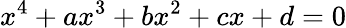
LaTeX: x^{4}+ax^{3}+bx^{2}+cx+d=0